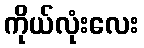
ကိုယ်လုံးလေး